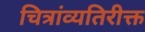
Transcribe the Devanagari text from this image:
चित्रांव्यतिरीक्त